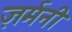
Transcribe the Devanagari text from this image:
ज़र्मनी